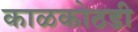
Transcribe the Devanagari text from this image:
काळकोठडी